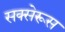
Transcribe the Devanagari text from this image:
सक्सेरूस